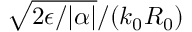
\sqrt { 2 \epsilon / | \alpha | } / ( k _ { 0 } R _ { 0 } )